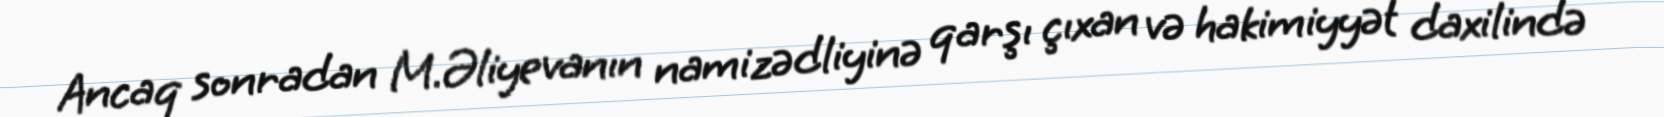
Ancaq sonradan M.Əliyevanın namizədliyinə qarşı çıxan və hakimiyyət daxilində